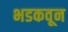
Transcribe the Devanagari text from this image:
भडकवून